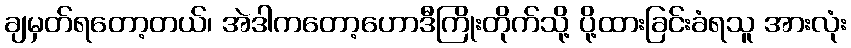
ချမှတ်ရတော့တယ်၊ အဲဒါကတော့ဟောဒီကြိုးတိုက်သို့ ပို့ထားခြင်းခံရသူ အားလုံး